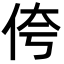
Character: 侉